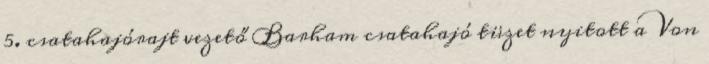
5. csatahajórajt vezető Barham csatahajó tüzet nyitott a Von